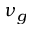
\nu _ { g }